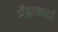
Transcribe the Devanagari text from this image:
मॅग्नाकार्टा